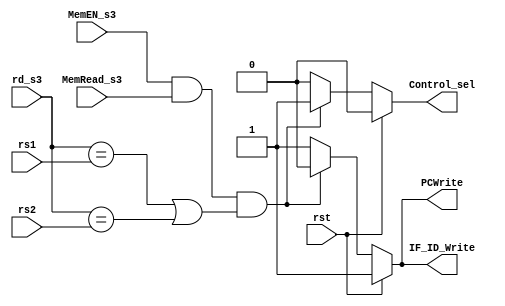
`timescale 1ns / 1ps
//////////////////////////////////////////////////////////////////////////////////
// Company: 
// Engineer: 
// 
// Design Name: 
// Module Name: Hazard_detection_unit
// Project Name: 
// Target Devices: 
// Tool Versions: 
// Description: 
// 
// Dependencies: 
// 
// Revision:
// Revision 0.01 - File Created
// Additional Comments:
// 
//////////////////////////////////////////////////////////////////////////////////


module Hazard_detection_unit(
input rst,
input MemRead_s3,
input MemEN_s3,
input [4:0] rd_s3,
input [4:0] rs1,
input [4:0] rs2,
output reg PCWrite,
output reg IF_ID_Write,
output reg Control_sel
    );
always @(*) begin
    if(rst) begin
        PCWrite = 1;
        IF_ID_Write = 1;
        Control_sel = 0;
    end
    else if(MemEN_s3 && MemRead_s3 && ((rd_s3 == rs1) || (rd_s3 == rs2))) begin
        PCWrite = 0;    //Khong cho ghi PC moi
        IF_ID_Write = 0; //Khong cho thanh ghi chot gia tri
        Control_sel = 1;    //Cho cac tin hieu dieu khien deu bang 0
    end
    else begin
        PCWrite = 1;
        IF_ID_Write = 1;
        Control_sel = 0;
    end
end

endmodule